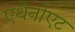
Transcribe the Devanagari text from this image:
एथेनोएट